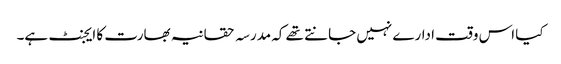
کیا اس وقت ادارے نہیں جانتے تھے کہ مدرسہ حقانیہ بھارت کا ایجنٹ ہے۔